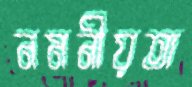
নমনীয়তা